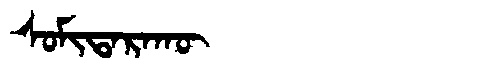
Manchu: ᠰᠣᠮᡳᡨᠠᡵᠠᡴᡡ
Romanization: SOMITARAKŪ